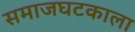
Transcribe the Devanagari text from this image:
समाजघटकाला